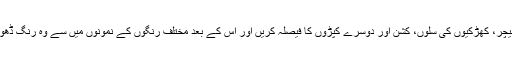
اس سے پہلے آپ اپنا فرش، گدیوں والے فرنیچر، کھڑکیوں کی سلوں، کشن اور دوسرے کپڑوں کا فیصلہ کریں اور اس کے بعد مختلف رنگوں کے نَمونوں میں سے وہ رنگ ڈھونڈیں جو آپ کے انتخابات کے ساتھ جچتا ہو۔